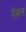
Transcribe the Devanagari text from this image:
पेसन